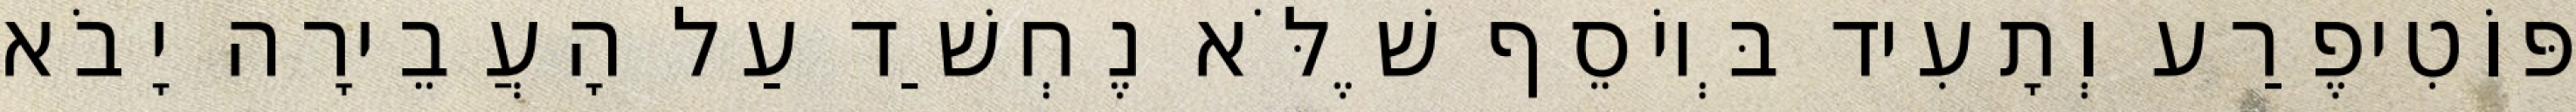
פּוֹטִיפֶרַע וְתָעִיד בְּיוֹסֵף שֶׁלֹּא נֶחְשַׁד עַל הָעֲבֵירָה יָבֹא